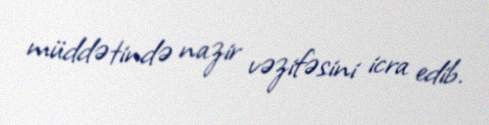
müddətində nazir vəzifəsini icra edib.